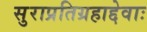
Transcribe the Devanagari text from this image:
सुराप्रतिग्रहाद्देवाः